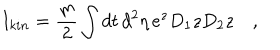
LaTeX: I _ { k i n } = { \frac { m } { 2 } } \int d t \, d ^ { 2 } \eta \, e ^ { z } D _ { 1 } z D _ { 2 } z \quad ,